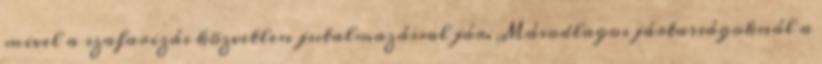
mivel a szafarizás közvetlen jutalmazással jár. Másodlagos jártasságoknál a